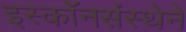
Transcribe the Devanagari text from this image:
इस्कॉनसंस्थेने